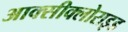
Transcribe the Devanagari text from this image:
आक्‍सीक्‍लोराइड